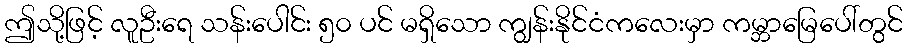
ဤသို့ဖြင့် လူဦးရေ သန်းပေါင်း ၅၀ ပင် မရှိသော ကျွန်းနိုင်ငံကလေးမှာ ကမ္ဘာမြေပေါ်တွင်